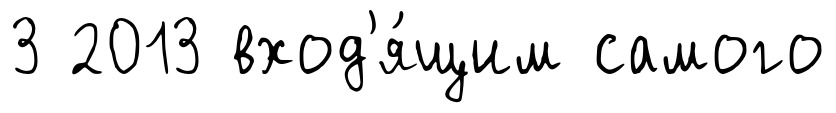
3 2013 вход'я́щим самого